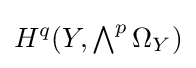
H^{q}(Y,\textstyle \bigwedge ^{p}\Omega _{Y})